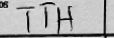
Transcription: TTH